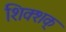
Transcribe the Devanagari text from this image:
शिक्शक्